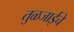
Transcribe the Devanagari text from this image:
तुळजाईचे